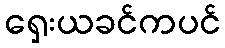
ရှေးယခင်ကပင်